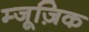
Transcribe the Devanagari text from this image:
म्जूज़िक